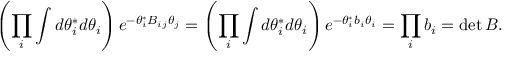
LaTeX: \left( \prod _ { i } \int d \theta _ { i } ^ { * } d \theta _ { i } \right) e ^ { - \theta _ { i } ^ { * } B _ { i j } \theta _ { j } } = \left( \prod _ { i } \int d \theta _ { i } ^ { * } d \theta _ { i } \right) e ^ { - \theta _ { i } ^ { * } b _ { i } \theta _ { i } } = \prod _ { i } b _ { i } = \operatorname* { d e t } B .